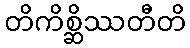
တိကိစ္ဆိဿတီတိ